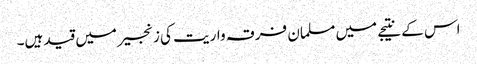
اس کے نتیجے میں مسلمان فرقہ واریت کی زنجیر میں قید ہیں۔